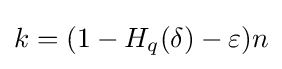
k=(1-H_{q}(\delta )-\varepsilon )n